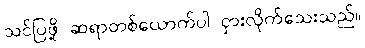
သင်ပြဖို့ ဆရာတစ်ယောက်ပါ ငှားလိုက်သေးသည်။